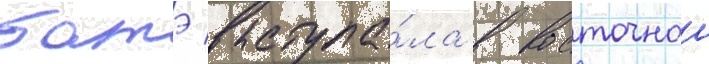
батэ выступа́ла в восточнои